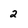
Character: 2